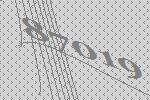
87019